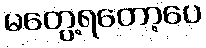
မတွေ့ရတော့ပေ